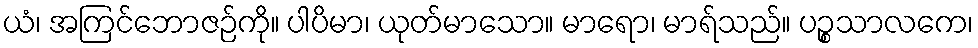
ယံ၊ အကြင်ဘောဇဉ်ကို။ ပါပိမာ၊ ယုတ်မာသော။ မာရော၊ မာရ်သည်။ ပဉ္စသာလကေ၊